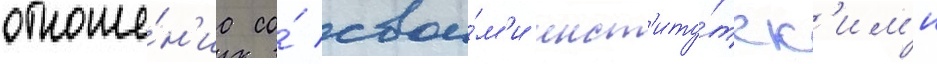
отноше́н'иа со́ свои́м'и инст'иту́тск'им'и